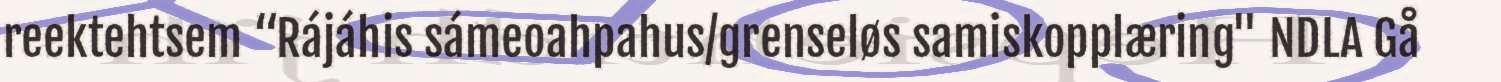
reektehtsem “Rájáhis sámeoahpahus/grenseløs samiskopplæring" NDLA Gå